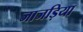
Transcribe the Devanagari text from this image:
जाजड़िया